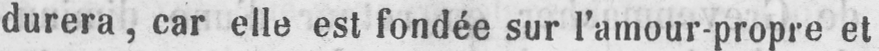
durera, car elle est fondée sur l’amour-propre et